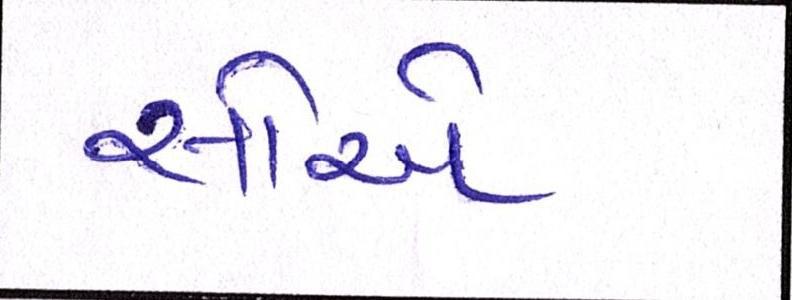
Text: સોએ